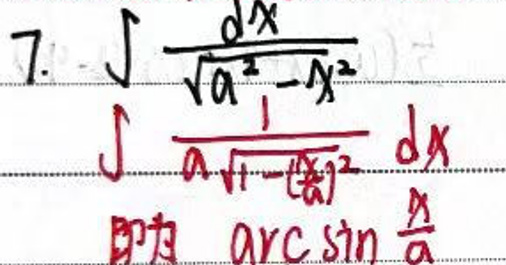
\(7.\int\frac{dx}{\sqrt{a^{2}-x^{2}}}\)\\
\(\int\frac{1}{a\sqrt{1 - (\frac{x}{a})^{2}}}dx\)\\
即为\(\arcsin\frac{x}{a}\)